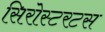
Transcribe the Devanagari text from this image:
सिरोस्टरटस